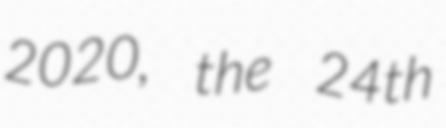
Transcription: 2020, the 24th